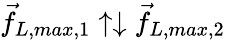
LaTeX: \vec{f}_{L,max,1}\uparrow\downarrow\vec{f}_{L,max,2}